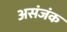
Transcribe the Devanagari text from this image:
असंजंक